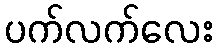
ပက်လက်လေး